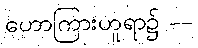
ဟောကြားဟူရာ၌ --